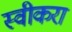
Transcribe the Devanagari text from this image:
स्वीकरा